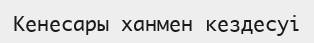
Кенесары ханмен кездесуі